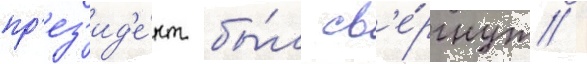
пр'ез'ид'е́нт бы́л св'е́ргнут /